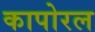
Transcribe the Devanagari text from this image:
कापोरल